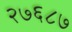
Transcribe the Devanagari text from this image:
२७६८७